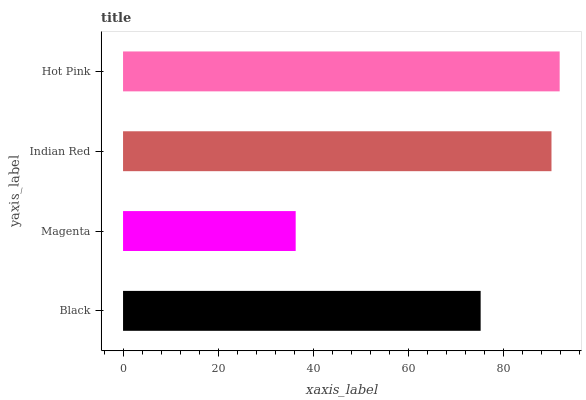
| yaxis_label | bars |
 | --- | --- |
 | Black | 75.2 |
 | Magenta | 36.3 |
 | Indian Red | 90.1 |
 | Hot Pink | 91.9 |